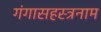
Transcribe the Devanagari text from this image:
गंगासहस्त्रनाम